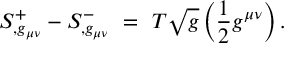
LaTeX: S _ { , g _ { \mu \nu } } ^ { + } - S _ { , g _ { \mu \nu } } ^ { - } ~ = ~ T \sqrt { g } \left( \frac { 1 } { 2 } g ^ { \mu \nu } \right) .